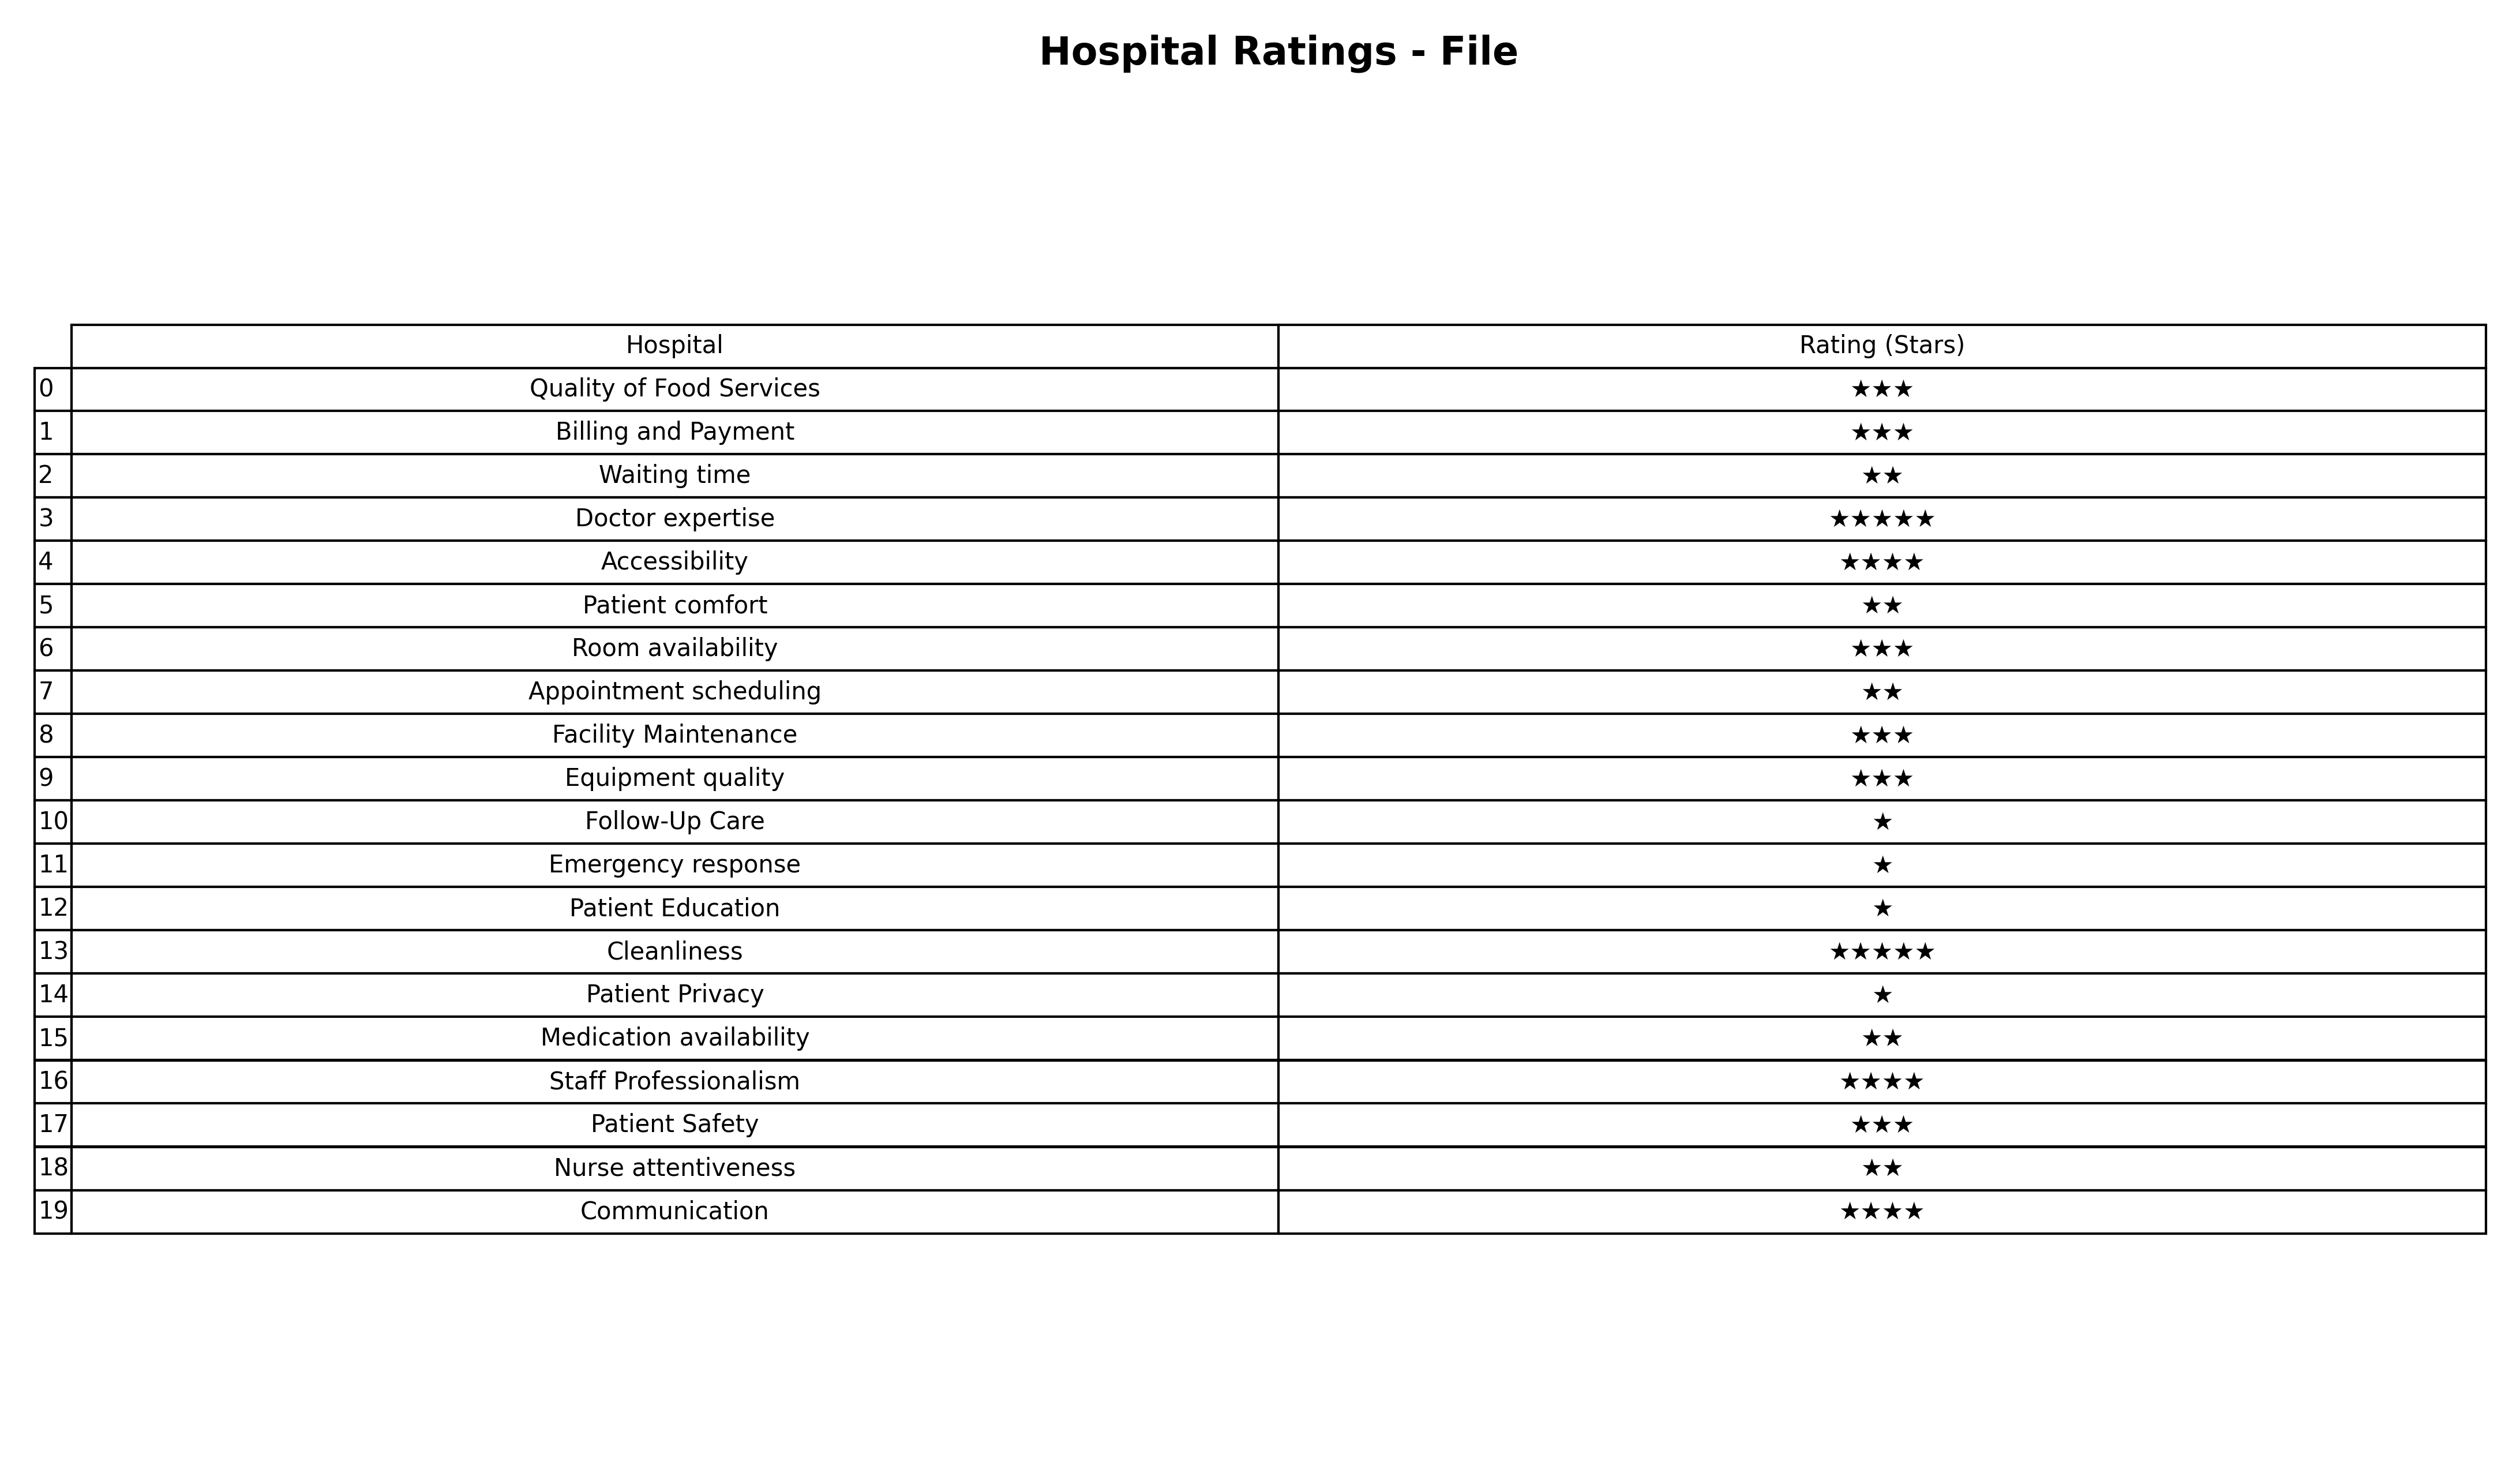
question: What is the rating of Patient Education?
answer: ★